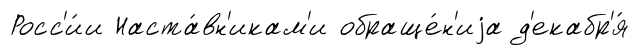
Росс'и́и Наста́вн'икам'и обраще́н'иjа д'екабр'я́